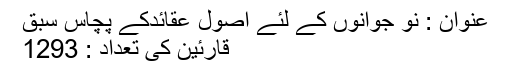
عنوان : نو جوانوں کے لئے اصول عقائدکے پچاس سبق
قارئین کی تعداد : 1293